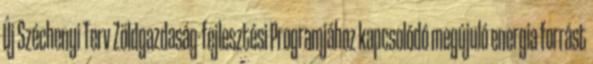
Új Széchenyi Terv Zöldgazdaság-fejlesztési Programjához kapcsolódó megújuló energia forrást